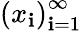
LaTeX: \left(x_{\mathbf{i}}\right)_{\mathbf{i}=1}^{\infty}